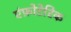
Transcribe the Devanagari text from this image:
एंफ़ोटेरिक